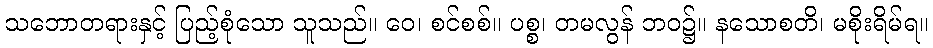
သဘောတရားနှင့် ပြည့်စုံသော သူသည်။ ဝေ၊ စင်စစ်။ ပစ္စ၊ တမလွန် ဘဝ၌။ နသောစတိ၊ မစိုးရိမ်ရ။